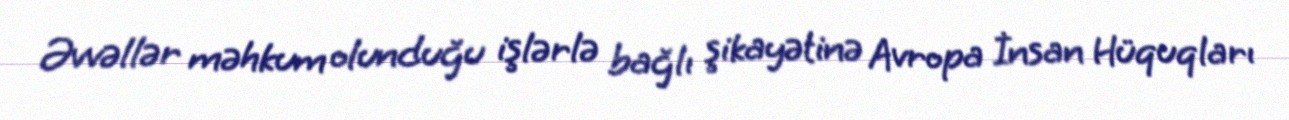
Əvvəllər məhkum olunduğu işlərlə bağlı şikayətinə Avropa İnsan Hüquqları